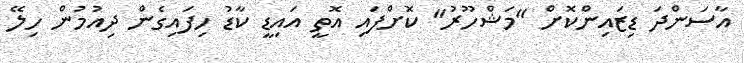
އާސަންދަ ޑިޒައިންކޮށް "މަޝްހޫރު" ކޮށްފައި އޮތީ އައިޑީ ކާޑު ހިފައިގެން ދިއުމުން ހިލޭ